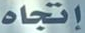
إتجاه